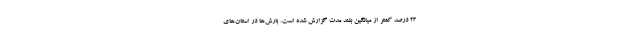
۲۳ درصد کمتر از میانگین بلند مدت گزارش شده است. بارش‌ها در استان‌های